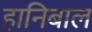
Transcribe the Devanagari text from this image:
हानिबाल